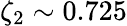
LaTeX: \zeta_{2}\sim 0.725